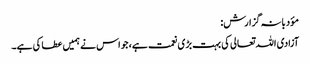
مؤدبانہ گزارش:
آزادی اللہ تعالی کی بہت بڑی نعمت ہے، جو اس نے ہمیں عطا کی ہے۔